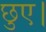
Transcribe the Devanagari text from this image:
छुए।